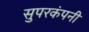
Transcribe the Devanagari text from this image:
सुपरकंपनी